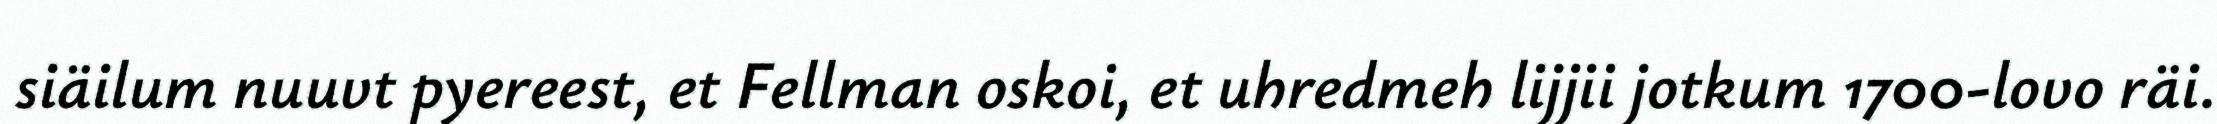
siäilum nuuvt pyereest, et Fellman oskoi, et uhredmeh lijjii jotkum 1700-lovo räi.